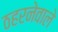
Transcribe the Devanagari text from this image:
ठहरनेवाले